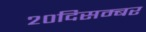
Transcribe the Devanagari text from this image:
२०दिसम्बर